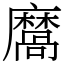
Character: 𪎩